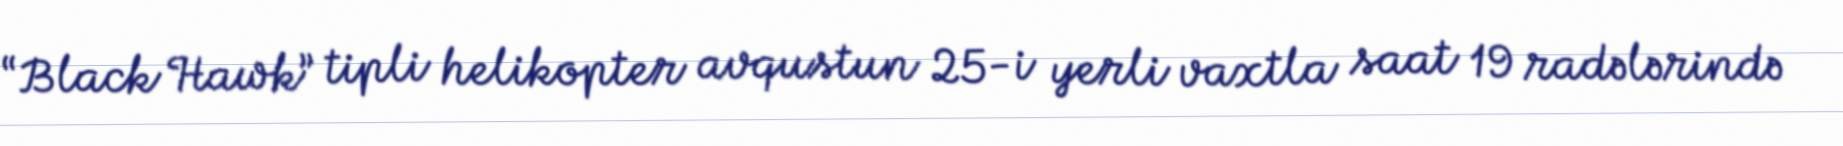
“Black Hawk” tipli helikopter avqustun 25-i yerli vaxtla saat 19 radələrində